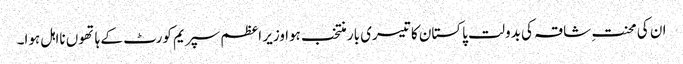
ان کی محنتِ شاقہ کی بدولت پاکستان کا تیسری بار منتخب ہوا وزیر اعظم سپریم کورٹ کے ہاتھوں نااہل ہوا۔